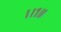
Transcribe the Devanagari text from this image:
।।१॥